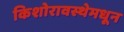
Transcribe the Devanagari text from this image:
किशोरावस्थेमधून